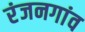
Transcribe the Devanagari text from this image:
रंजनगांव